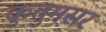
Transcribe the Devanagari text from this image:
कुतुमसर